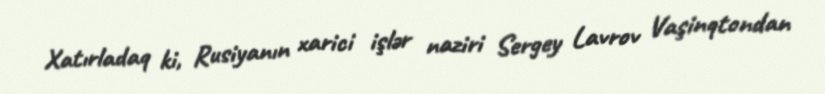
Xatırladaq ki, Rusiyanın xarici işlər naziri Sergey Lavrov Vaşinqtondan